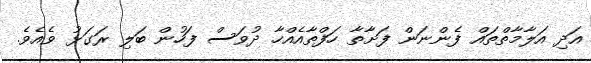
އަދި އަލާމާތްތައް ފެންނަން ފަށާތާ ހަފްތާއެއްހާ ދުވަސް ފަހުން ބަލި ރަގަޅު ވެއެވެ.